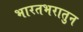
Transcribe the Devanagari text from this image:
भारतभरातुन